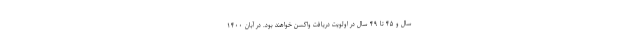
سال و ۴۵ تا ۴۹ سال در اولویت دریافت واکسن خواهند بود. در آبان ۱۴۰۰